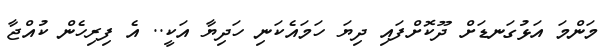
މަންމަ އަޅުގަނޑަށް ދޫކޮށްފައި ދިޔަ ހަމައެކަނި ހަދިޔާ އަކީ.. އެ ފިރިހެން ކުއްޖާ